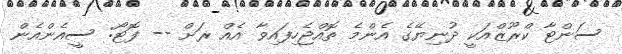
ސަންޓާ ކްރޫޒްއަކީ ދުނިޔޭގެ އެންމެ ތޮއްޖެހިފައިވާ އެއް ރަށް -- ފޮޓޯ: ސީއެންއެން